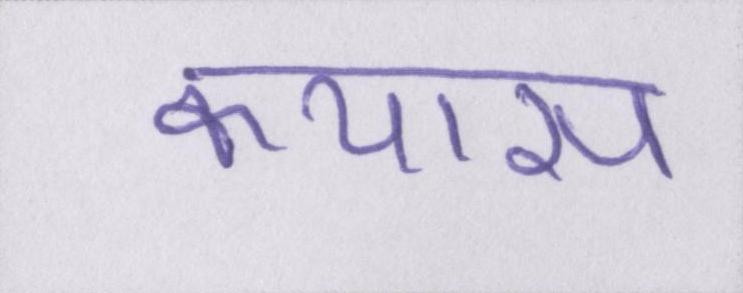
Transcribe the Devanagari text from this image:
कयास